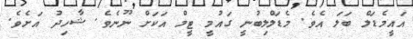
އައީމެޑަލް ބަލަ އެވެ. މެޑަލްލިބުނީ ގައުމީ ޓީމް އަކަށް ނޫނެވެ. ޝާހިދު އަށެވެ.